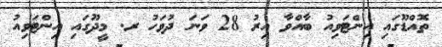
ތޮއްޑޫގައި އިންޓަވިއު ބާއްވާ އިރު 28 ވަނަ ދުވަހު ރ. މީދޫގައި އިންޓަވިއު